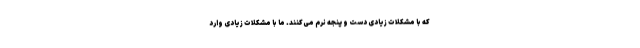
که با مشکلات زیادی دست و پنجه نرم می‌کنند. ما با مشکلات زیادی وارد